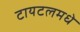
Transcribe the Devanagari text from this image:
टायटलमधे